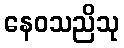
နေဝသညိသု